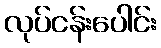
လုပ်ငန်းပေါင်း